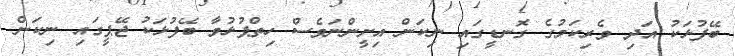
ބޭފުޅަކު އަދި ވެރިކަމުގެ ގޮނޑީގައި ނިކަން އިށީންނަވެސް ހިތްޕުޅުވާ ބޭފުޅަކު ޖޭޕީގައި ނިކަން